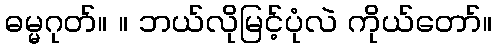
ဓမ္မဂုတ်။ ။ ဘယ်လိုမြင့်ပုံလဲ ကိုယ်တော်။